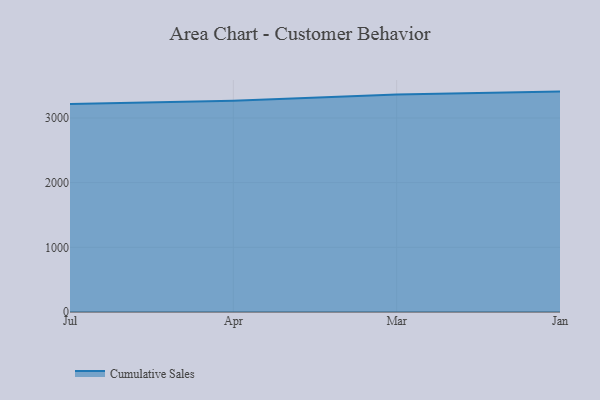
{"axis": {"x": "Month", "y": "Inventory Turnover"}, "legend": ["Cumulative Sales"], "data": [{"x": "Jul", "y": 3215.3, "type": "Cumulative Sales"}, {"x": "Apr", "y": 3265.4, "type": "Cumulative Sales"}, {"x": "Mar", "y": 3360.8, "type": "Cumulative Sales"}, {"x": "Jan", "y": 3407.2, "type": "Cumulative Sales"}]}